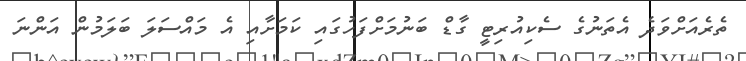
ތެރެއަށްވަދެ އެތަނުގެ ސެކިއުރިޓީ ގާޑް ބަނުމަށްފަހުގައި ކަމަށާއި އެ މައްސަލަ ބަލަމުން އަންނަ